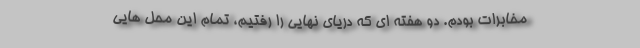
مخابرات بودم. دو هفته ای که دریای نهایی را رفتیم، تمام این محل هایی